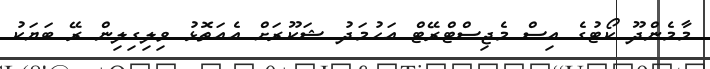
މާމެންދޫ ކޯޓުގެ އިސް މެޖިސްޓްރޭޓް އަހުމަދު ޝަކޫރަށް އެއަތޮޅު ވިލިގިލިން ރޭ ބަޔަކު